Report on horse surra - Volume I
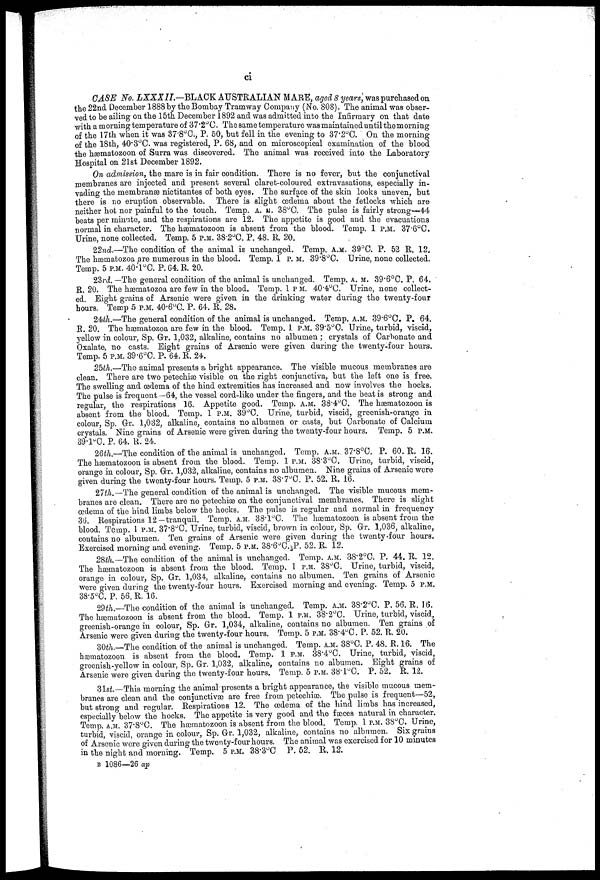
ci
CASE No. LXXX1L—BLACK
AUSTRALIAN MARE, aged 8 years, was purchased on
the 22nd December 1888 by the Bombay Tramway Company (No. 808). The animal was obser-
ved to be ailing on the 15th December 1892 and was admitted into the Infirmary on that date
with a morning temperature of 37.2°C. The same temperature was maintained until the morning
of the 17th when it was 37.8°C, P. 50, but fell in the evening to 37.2°C. On the morning
of the 18th, 40.3°C. was registered, P. 68, and on microscopical examination of the blood
the hæmatozoon of Surra was discovered. The animal was received into the Laboratory
Hospital on 21st December 1892.
On admission, the mare is in fair condition. There is no fever, but the conjunctival
membranes are injected and present several claret-coloured extravasations, especially in-
vading the membranes nictitantes of both eyes. The surface of the skin looks uneven, but
there is no eruption observable. There is slight œdema about the fetlocks which are
neither hot nor painful to the touch. Temp. A. M. 38°C. The pulse is fairly strong 44
beats per ruinate, and the respirations are 12. The appetite is good and the evacuations
normal in character. The hæmatozoon is absent from the blood. Temp. 1 P.M. 37.6°C.
Urine, none collected. Temp. 5 P.M. 38.2°C. P. 48. R, 20.
22nd.—The condition of the animal is unchanged. Temp. A.M. 39°C. P. 52 R. 12.
The hæmatozoa are numerous in the blood. Temp. 1 P.M. 39.8°C. Urine, none collected.
Temp. 5 P.M. 40.l°C. P. G4. R. 20.
23-rd!. —The general condition of the animal is unchanged. Temp. A.M. 39.6°C, P. 64.
R. 20. The hæmatozoa are few in the blood. Temp. 1 P M. 40.4°C. Urine, none collect-
ed. Eight grains of Arsenic were given in the drinking water during the twenty-four
hours. Temp 5 P.M. 40.6°C. P. 64. R. 28.
2th.—The general condition of the animal is unchanged. Temp. A.M. 39.6°C. P. 64.
R. 20. The hæmatozoa are few in the blood. Temp. 1 P.M. 39.5°C. Urine, turbid, viscid,
yellow in colour, Sp. Or. 1,032, alkaline, contains no albumen ; crystals of Carbonate and
Oxalate, no casts. Eight grains of Arsenic were given during the twenty-four hours.
Temp. 5 P.M. 39.6°C. P. 64. R. 24.
25th.—The animal presents a bright appearance. The visible mucous membranes are
clean. There are two petechiæ visible on the right conjunctiva, but the left one is free.
The swelling and (edema of the hind extremities has increased and now involves the hocks.
The pulse is frequent —64, the vessel cord-like under the fingers, and the beat is strong and
regular, the respirations 16. Appetite good. Temp. A.M. 38.4°C. The hæniatozoon is
absent from the blood. Temp. 1 P.M. 39°C. Urine, turbid, viscid, greenish-orange in
colour, Sp. Gr. 1,032, alkaline, contains no albumen or casts, but Carbonate of Calcium
crystals. Nine grains of Arsenic were given during the twenty-four hours. Temp. 5 P.M.
39.1°C. P. 64. R. 24.
26th.—The condition of the animal is unchanged. Temp. A.M. 37.8°C. P. 60. R. 16.
The hæmatozoon is absent from the blood. Temp. 1 P.M. 38.3°C. Urine, turbid, viscid,
orange in colour, Sp. Gr. 1,032, alkaline, contains no albumen. Nine grains of Arsenic were
given during the twenty-four hours. Temp. 5 P.M. 38.7°C. P. 52. R. 16.
27th.— The general condition of the animal is unchanged. The visible mucous mem-
branes are clean. There are no petechiæ on the conjunctival membranes. There is slight
œdema of the hind limbs below the hocks. The pulse is regular and normal in frequency
36. Respirations 12—tranquil. Temp. A.M. 38.1°C. The hæmatozoon is absent from the
blood. Temp. 1. P.M. 37.8°C. Urine, turbid, viscid, brown in colour, Sp. Or. 1,036, alkaline,
contains no albumen. Ten grains of Arsenic were given during the twenty-four hours.
Exercised morning and evening. Temp. 5 P.M. 38.6°C.vP. 52. R. 12.
28th— The condition of the animal is unchanged. Temp. A.M. 38.2°C. P. 44. R. 12.
The hæmatozoon is absent from the blood. Temp. 1 P.M. 38°C. Urine, turbid, viscid,
orange in colour, Sp. Gr. 1,034, alkaline, contains no albumen. Ten grains of Arsenic
were given during the twenty-four hours. Exercised morning and evening. Temp. 5 P.M.
38.5°C. P. 56. R. 16.
29th.—The condition of the animal is unchanged. Temp. A.M. 38.2°C. P. 56. R. 16.
The hæmatozoon is absent from the blood. Temp. 1 P.M. 38.2°C. Urine, turbid, viscid,
greenish-orange in colour, Sp. Gr. 1,034, alkaline, contains no albumen. Ten grains of
Arsenic were given during the twenty-four hours. Temp. 5 P.M. 38.4°C. P. 52. R. 20.
30th.—The condition of the animal is unchanged. Temp. A.M. 38°C. P. 48. R. 16. The
hæmatozoon is absent from the blood. Temp. 1 P.M. 38.4°C. Urine, turbid, viscid,
greenish-yellow in colour, Sp. Gr. 1,032, alkaline, contains no albumen. Eight grains of
Arsenic were given during the twenty-four hours. Temp. 5 P.M. 38.1°C. P. 52. R. 12.
31st.—This morning the animal presents a bright appearance, the visible mucous mem
branes are clean and the conjunctivæ are free from petechia). The pulse is frequent—52,
but strong and regular. Respirations 12. The œdema of the hind limbs has increased,
especially below the hocks. The appetite is very good and the faeces natural in character.
Temp. A.M. 37.8°C. The hænatozoon is absent from the blood. Temp. 1 P.M. 38°C. Urine,
turbid, viscid, orange in colour, Sp. Gr. 1,032, alkaline, contains no albumen. Six grains
of Arsenic were given during the twenty-four hours. The animal was exercised for 10 minutes
in the night and morning. Temp. 5 P.M. 38.3°C P. 52. R. 12.
B 1086—26 ap